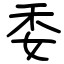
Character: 委